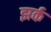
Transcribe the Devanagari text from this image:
झर्क